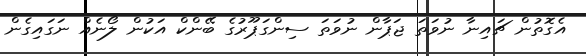
އެގޮތުން ޗައިނާ ނުވަތަ ޖަޕާން ނުވަތަ ސިންގަޕޫރުގެ ބޭންކް އަކުން ލޯނެއް ނަގައިގެން